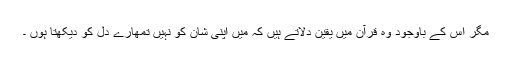
مگر اس کے باوجود وہ قرآن میں یقین دلاتے ہیں کہ میں اپنی شان کو نہیں تمھارے دل کو دیکھتا ہوں ۔